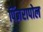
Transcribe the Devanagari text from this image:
पिंजरापोल